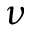
\nu